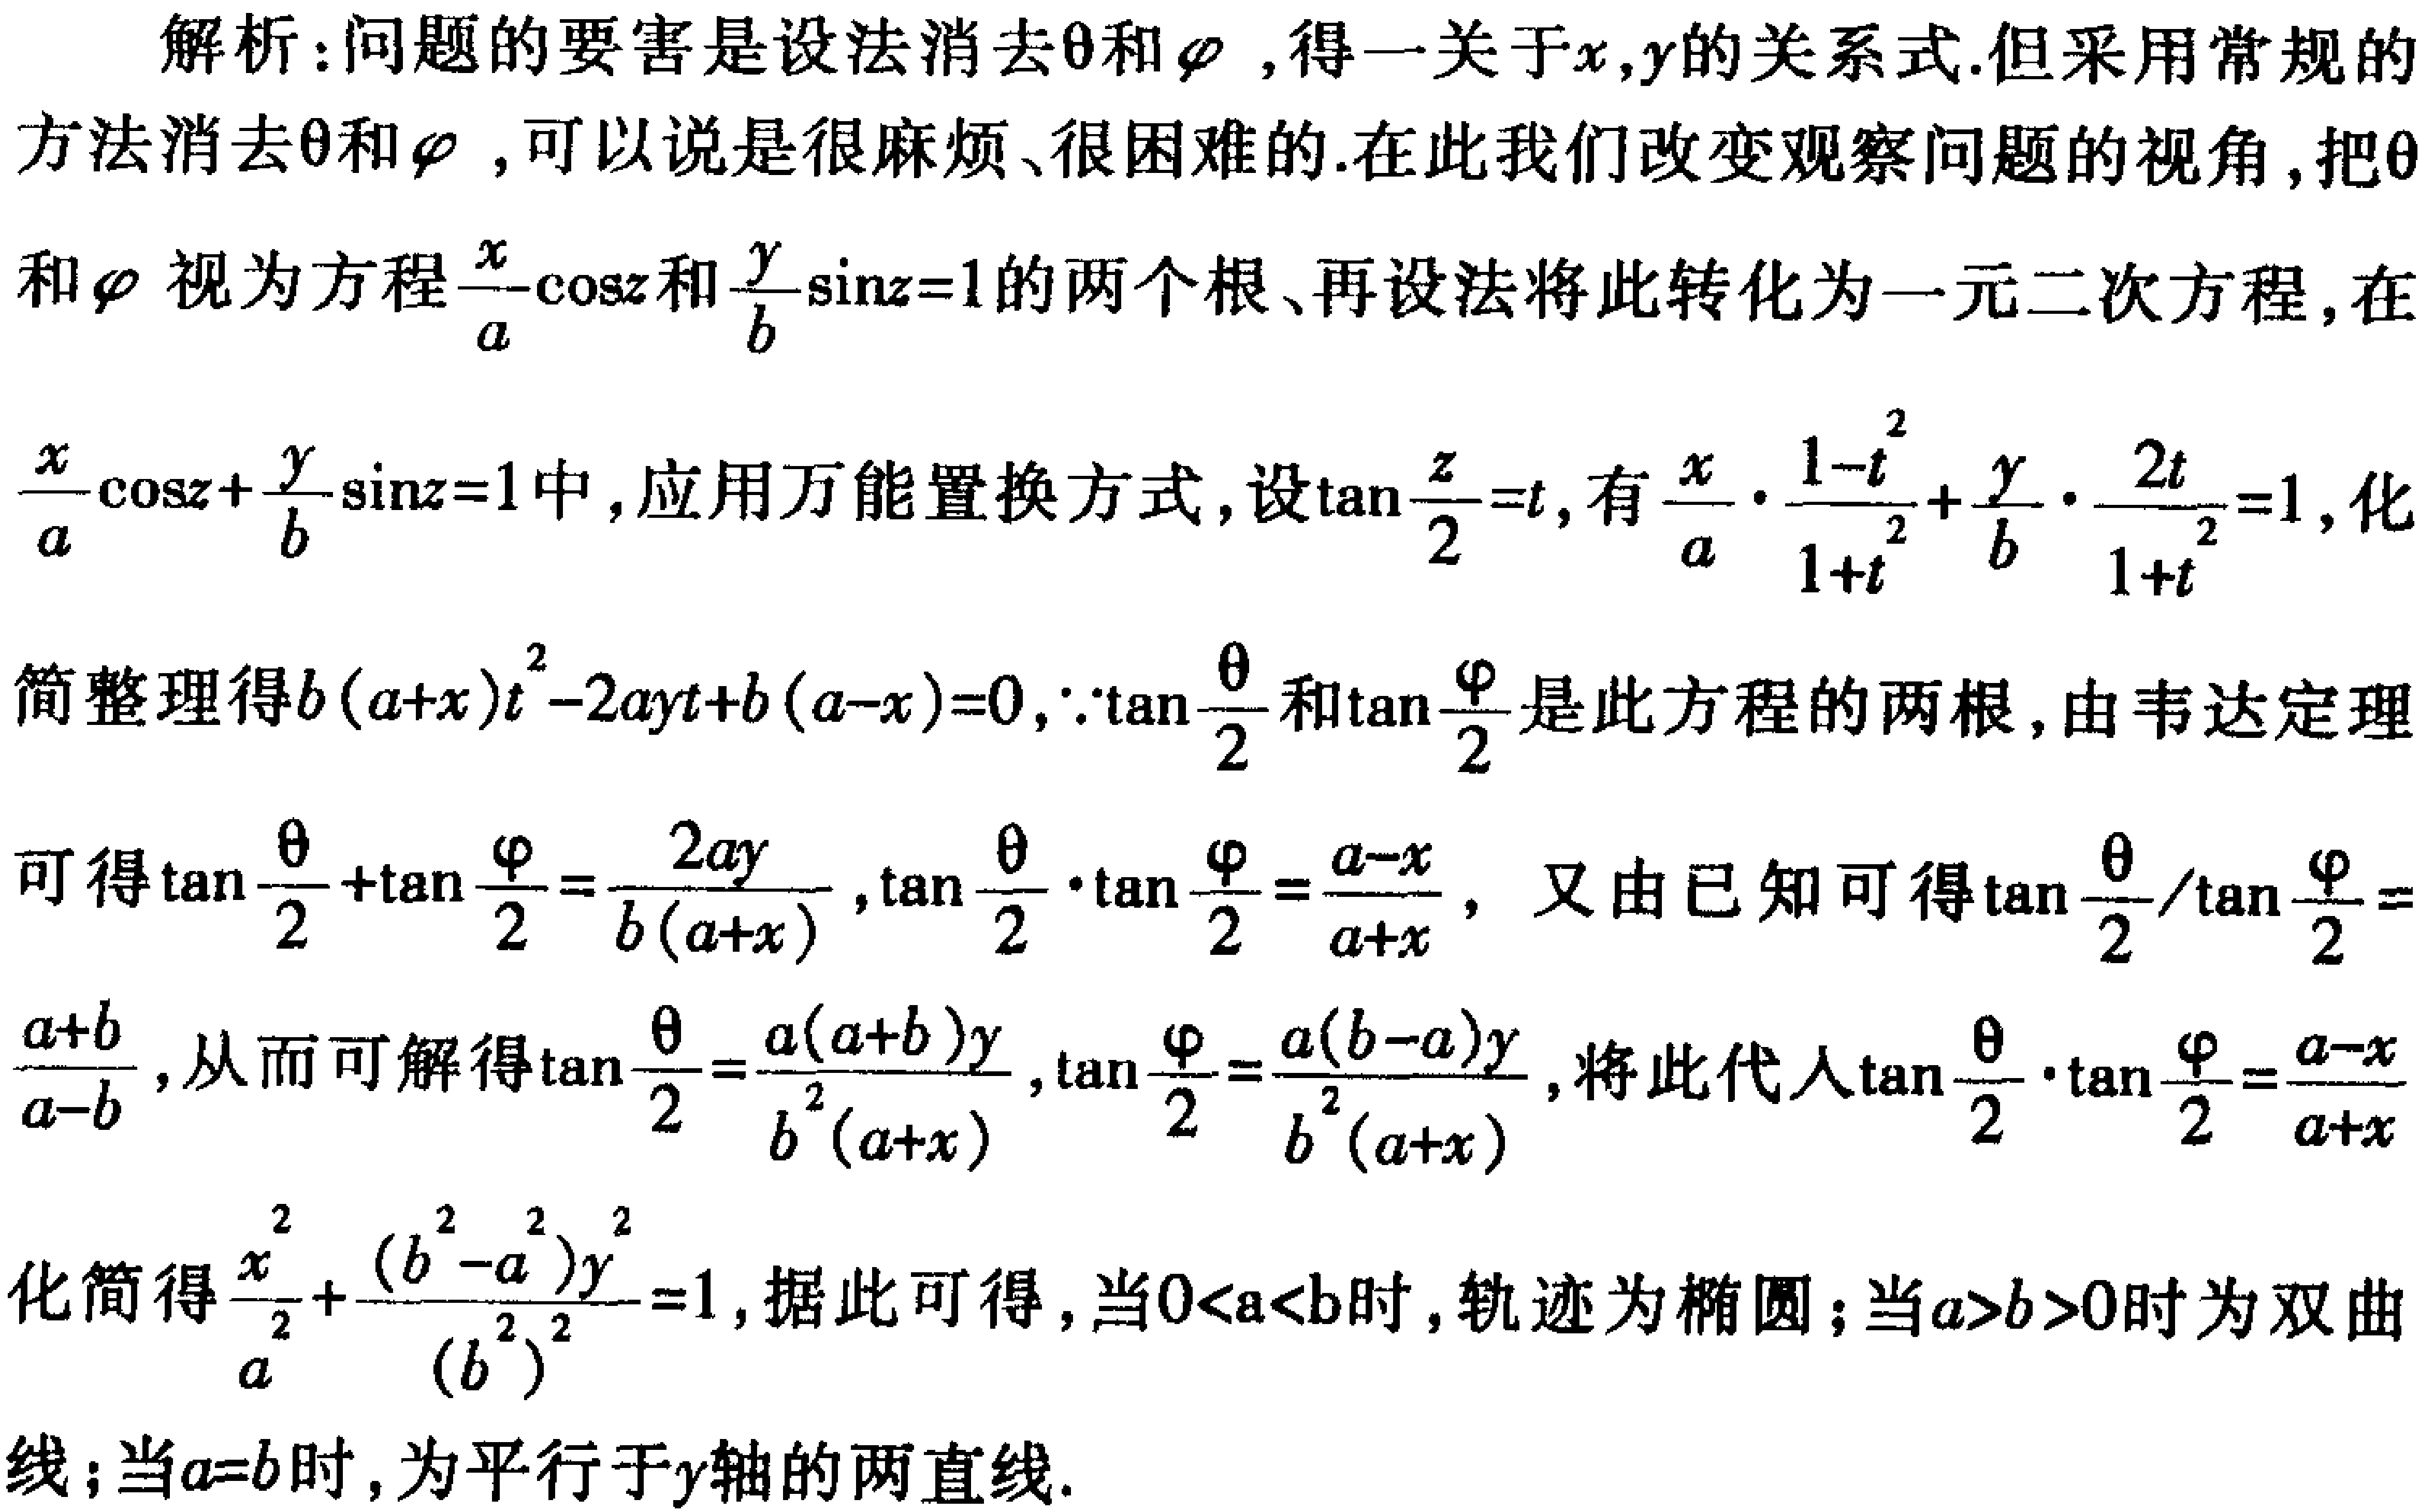
解析：问题的要害是设法消去\(\theta\)和\(\varphi\) ,得一关于\(x,y\)的关系式.但采用常规的
方法消去\(\theta\)和\(\varphi\) ,可以说是很麻烦、很困难的.在此我们改变观察问题的视角,把\(\theta\)
和\(\varphi\) 视为方程\(\frac{x}{a}\cos z\)和\(\frac{y}{b}\sin z = 1\)的两个根、再设法将此转化为一元二次方程,在
\(\frac{x}{a}\cos z+\frac{y}{b}\sin z = 1\)中,应用万能置换方式,设\(\tan\frac{z}{2}=t\),有\(\frac{x}{a}\cdot\frac{1 - t^{2}}{1 + t^{2}}+\frac{y}{b}\cdot\frac{2t}{1 + t^{2}} = 1\),化
简整理得\(b(a + x)t^{2}-2ayt + b(a - x)=0\),\(\because\tan\frac{\theta}{2}\)和\(\tan\frac{\varphi}{2}\)是此方程的两根,由韦达定理
可得\(\tan\frac{\theta}{2}+\tan\frac{\varphi}{2}=\frac{2ay}{b(a + x)}\),\(\tan\frac{\theta}{2}\cdot\tan\frac{\varphi}{2}=\frac{a - x}{a + x}\)，又由已知可得\(\tan\frac{\theta}{2}/\tan\frac{\varphi}{2} =\)
\(\frac{a + b}{a - b}\),从而可解得\(\tan\frac{\theta}{2}=\frac{a(a + b)y}{b^{2}(a + x)}\),\(\tan\frac{\varphi}{2}=\frac{a(b - a)y}{b^{2}(a + x)}\),将此代人\(\tan\frac{\theta}{2}\cdot\tan\frac{\varphi}{2}=\frac{a - x}{a + x}\)
化简得\(\frac{x^{2}}{a^{2}}+\frac{(b^{2}-a^{2})y^{2}}{(b^{2})^{2}} = 1\),据此可得,当\(0 < a < b\)时,轨迹为椭圆；当\(a > b > 0\)时为双曲
线；当\(a = b\)时,为平行于\(y\)轴的两直线.